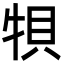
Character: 㸽